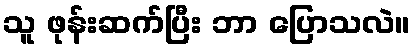
သူ ဖုန်းဆက်ပြီး ဘာ ပြောသလဲ။